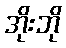
အိုးဘို